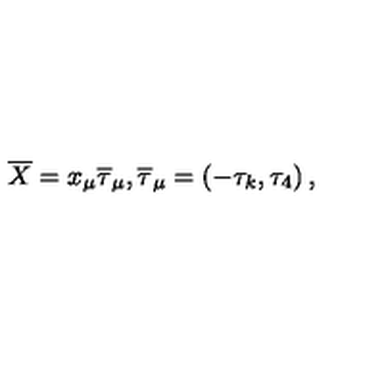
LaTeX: \overline { { X } } = x _ { \mu } \overline { { \tau } } _ { \mu } , \overline { { \tau } } _ { \mu } = \left( - \tau _ { k } , \tau _ { 4 } \right) ,